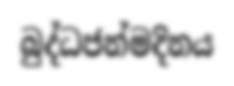
බුද්ධජන්මදිනය